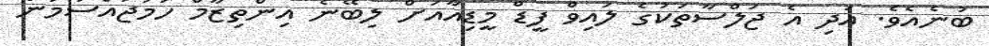
ބުނެއެވެ. އަދި އެ ޖަލްސާތަކުގެ ލައިވް ފީޑް މީޑިއާއަށް ލިބޭނެ އިންތިޒާމް ހަމަޖައްސަމުން